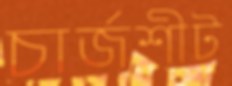
চার্জশীট